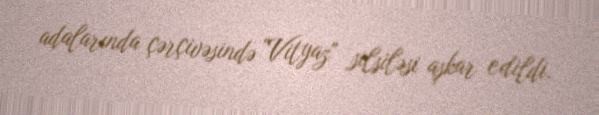
adalarında çərçivəsində "Vityaz" silsiləsi aşkar edildi.